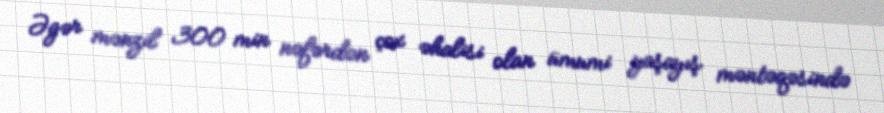
Əgər mənzil 300 min nəfərdən çox əhalisi olan ümumi yaşayış məntəqəsində